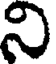
ని